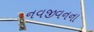
નવજીવનના